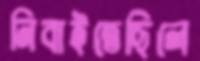
নিবাইতেছিলে